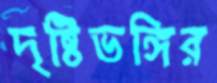
দৃষ্টিভঙ্গির